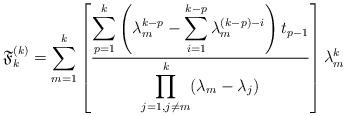
LaTeX: \begin{align*}\mathfrak{F}_k^{(k)}=\sum_{m=1}^{k} \left[\displaystyle \frac{\displaystyle\sum_{p=1}^{k}\left(\lambda_m^{k-p}-\displaystyle\sum_{i=1}^{k-p}\lambda_m^{(k-p)-i}\right)t_{p-1}}{\displaystyle \prod_{j=1, j\neq m}^{k}(\lambda_m - \lambda_j)} \right] \lambda_m^k \end{align*}